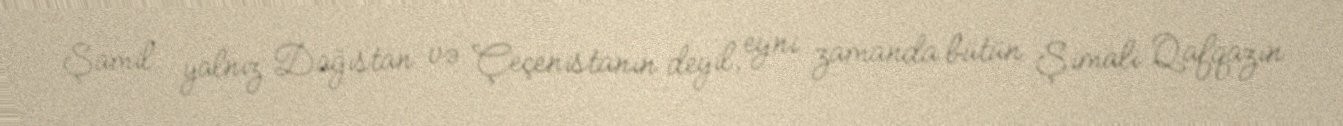
Şamil yalnız Dağıstan və Çeçenistanın deyil, eyni zamanda bütün Şimali Qafqazın